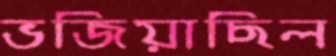
ভজিয়াছিল